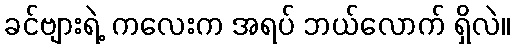
ခင်ဗျားရဲ့ ကလေးက အရပ် ဘယ်လောက် ရှိလဲ။